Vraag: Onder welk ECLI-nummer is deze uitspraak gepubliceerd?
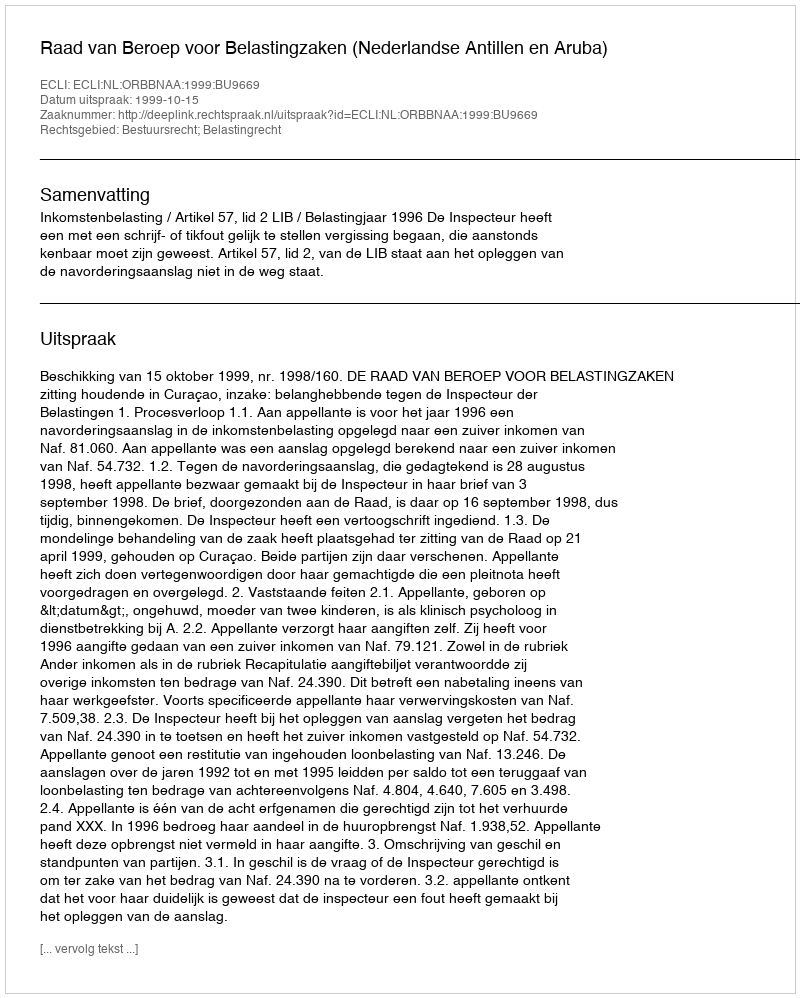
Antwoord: ECLI:NL:ORBBNAA:1999:BU9669